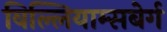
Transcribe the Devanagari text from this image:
विल्लियाम्सबेर्ग